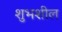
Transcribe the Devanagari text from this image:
शुभशील